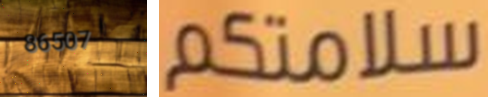
86507 سلامتكم